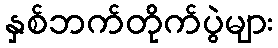
နှစ်ဘက်တိုက်ပွဲများ